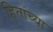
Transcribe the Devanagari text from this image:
हितांच्या